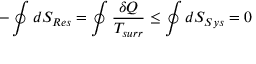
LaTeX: - \oint d S _ { R e s } = \oint { \frac { \delta Q } { T _ { s u r r } } } \leq \oint d S _ { S y s } = 0